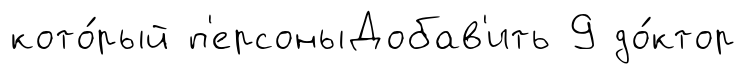
кото́рый п'ерсоныДобав'ить 9 до́ктор